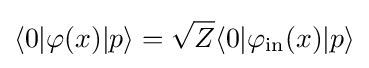
\langle 0|\varphi (x)|p\rangle ={\sqrt {Z}}\langle 0|\varphi _{\mathrm {in} }(x)|p\rangle